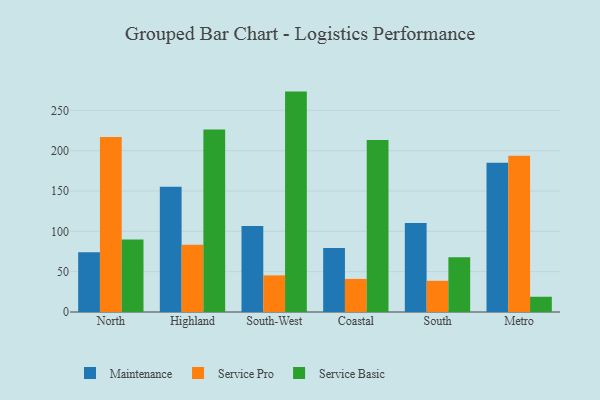
{"axis": {"x": "Region", "y": "Bounce Rate (%)"}, "legend": ["Maintenance", "Service Basic", "Service Pro"], "data": [{"x": "North", "y": 74.0, "type": "Maintenance"}, {"x": "North", "y": 217.0, "type": "Service Pro"}, {"x": "North", "y": 89.8, "type": "Service Basic"}, {"x": "Highland", "y": 155.3, "type": "Maintenance"}, {"x": "Highland", "y": 83.5, "type": "Service Pro"}, {"x": "Highland", "y": 226.3, "type": "Service Basic"}, {"x": "South-West", "y": 106.6, "type": "Maintenance"}, {"x": "South-West", "y": 45.4, "type": "Service Pro"}, {"x": "South-West", "y": 273.2, "type": "Service Basic"}, {"x": "Coastal", "y": 79.3, "type": "Maintenance"}, {"x": "Coastal", "y": 41.0, "type": "Service Pro"}, {"x": "Coastal", "y": 213.3, "type": "Service Basic"}, {"x": "South", "y": 110.2, "type": "Maintenance"}, {"x": "South", "y": 38.7, "type": "Service Pro"}, {"x": "South", "y": 67.8, "type": "Service Basic"}, {"x": "Metro", "y": 185.1, "type": "Maintenance"}, {"x": "Metro", "y": 193.6, "type": "Service Pro"}, {"x": "Metro", "y": 18.9, "type": "Service Basic"}]}